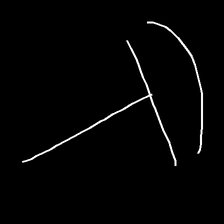
Glyph: dispersion